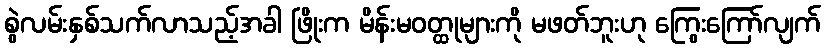
စွဲလမ်းနှစ်သက်လာသည့်အခါ ဖြိုးက မိန်းမဝတ္ထုများကို မဖတ်ဘူးဟု ကြွေးကြော်လျက်